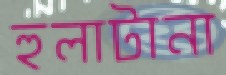
হুলাটানা